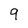
Character: q